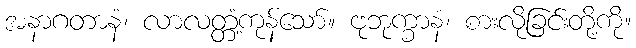
အနာဂတာနံ၊ လာလတ္တံ့ကုန်သော်။ ဗုဘုက္ခာနံ၊ စားလိုခြင်းတို့ကို။